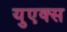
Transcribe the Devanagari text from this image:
युएक्स